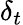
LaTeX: \delta_{t}